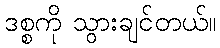
ဒစ္စကို သွားချင်တယ်။